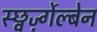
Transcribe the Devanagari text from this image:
स्छ्वर्ज़्गेल्बेन